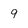
Character: 9